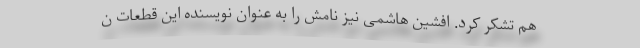
هم تشکر کرد. افشین هاشمی نیز نامش را به عنوان نویسنده این قطعات ن